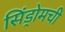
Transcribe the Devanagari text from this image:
सिंड्रोमची